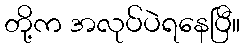
တို့က အလုပ်ပဲရနေပြီ။